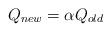
LaTeX: \begin{align*} Q_{new} = \alpha Q_{old}\end{align*}